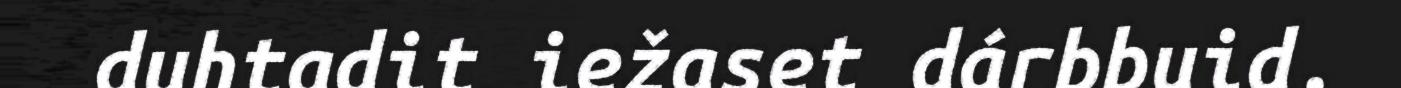
duhtadit iežaset dárbbuid.